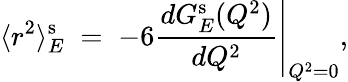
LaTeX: \langle r^{2}\rangle_{E}^{\mathrm{s}}\; =\; -6\left.\frac{dG_{E}^{\mathrm{s}}(Q^{2})}{dQ^{2}}\right|_{Q^{2}=0},